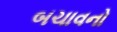
બચાવનો